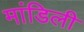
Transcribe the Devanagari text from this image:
मांडिली